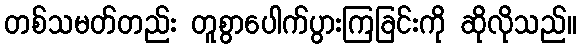
တစ်သမတ်တည်း တူစွာပေါက်ပွားကြခြင်းကို ဆိုလိုသည်။